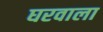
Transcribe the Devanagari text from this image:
घरवाला